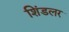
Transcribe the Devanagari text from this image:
शिंडलर